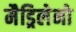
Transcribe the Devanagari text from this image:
मैड्रिलेनो